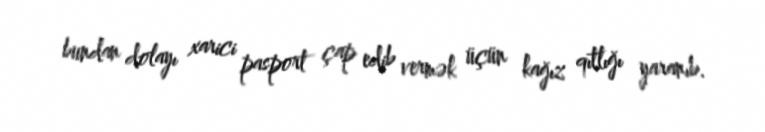
bundan dolayı xarici pasport çap edib vermək üçün kağız qıtlığı yaranıb.